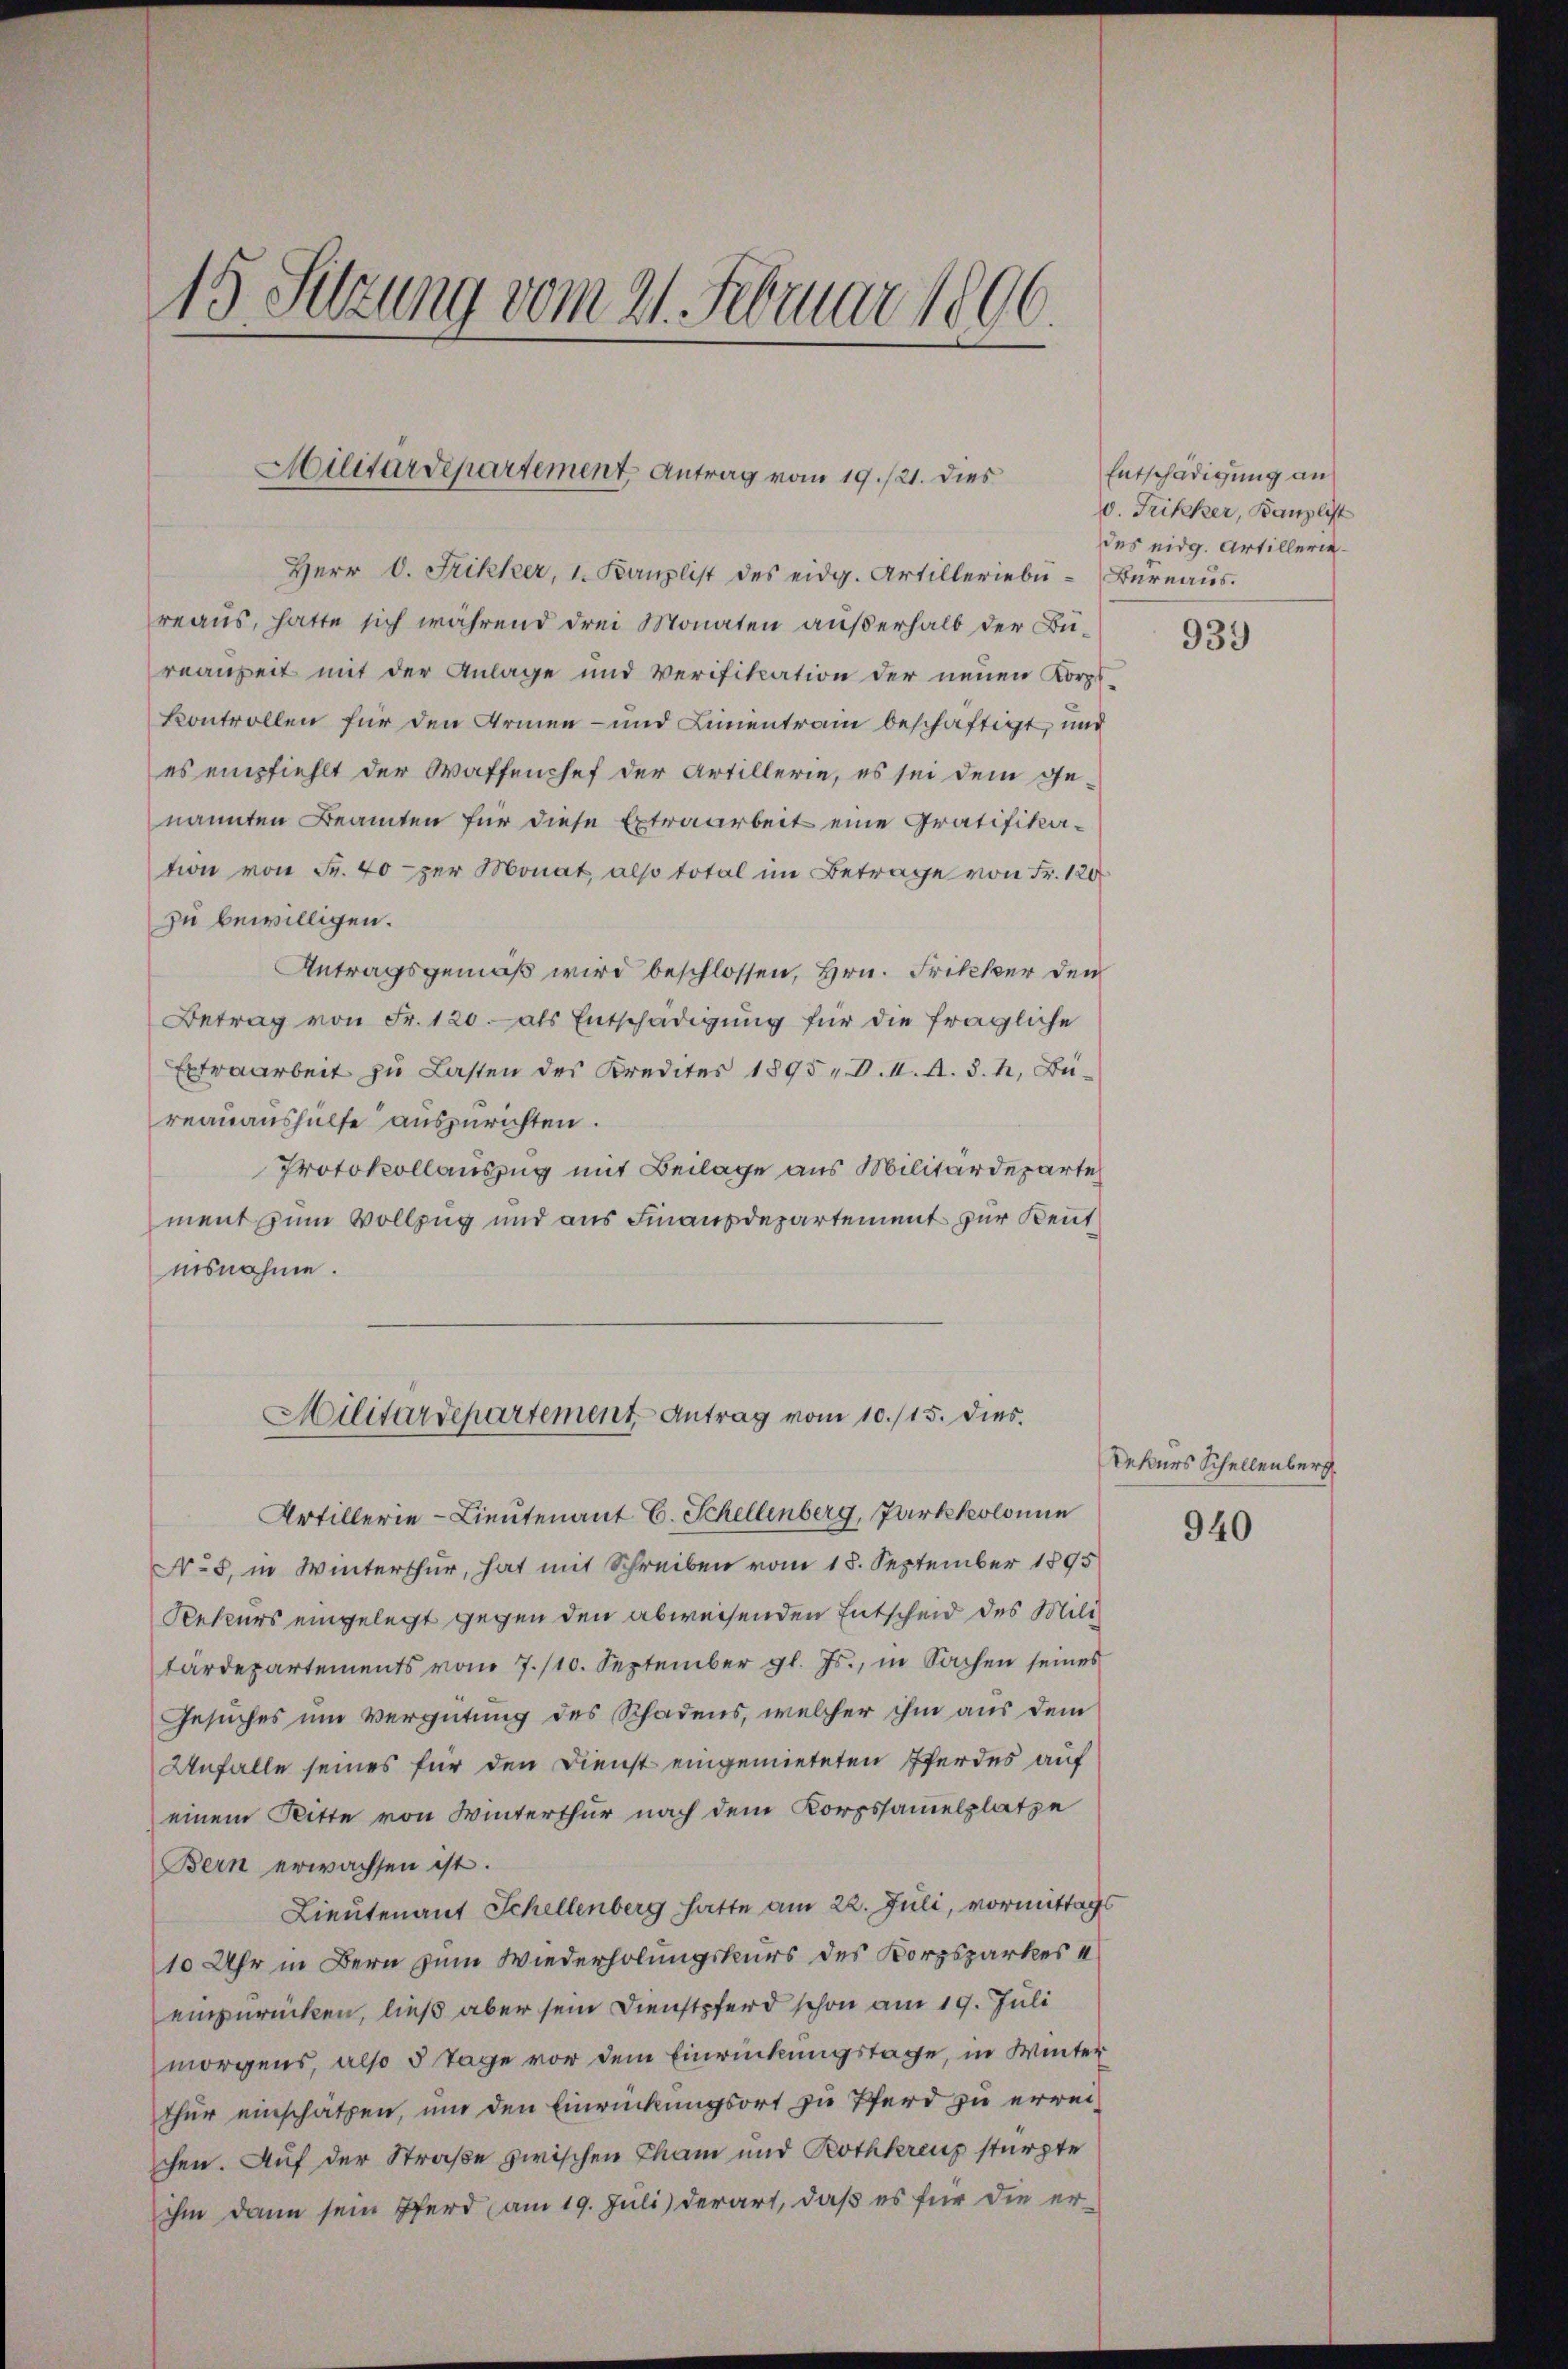
15. Setzung vom 21. Februar 1806

Militärdepartement Antrag vom 19. 21. dies

Herr C. Frikker, 1. Kanzlist des eidg. Artilleriebe-Büreaŭs.
reaus, hatte sich während drei Monaten außerhalb der Bureanzeit mit der Anlage und Verifikation der neuen Korpf
kontrollen für den Armen- und Linientrain beschäftigt, und
es empfiehlt der Waffenchef der Artillerie, es sei dem Ge-
nannten Beamten für diese Extraarbeit eine Gratifikation von Fr. 40 per Monat, also total im Betrage von Fr. 120
zu bewilligen.
Antragsgemäß wird beschlossen, Hrn. Frikker den
Betrag von Fr. 120. als Entschädigung für die fragliche
Extraarbeit zu Lasten des Kredites 1895 v. V. I. A. d. h. Büreauaushülfe auszurichten.
Protokollauszug mit Beilage aus Militärdeparte
ment zum Vollzug und aus Finanzdepartement zur Kennt
iisnahme.
Artillerie-Lieutenant E. Schellenberg, Parkkolonie
No 5. in Winterthur, hat mit Schreiben vom 18. September 1895
Rekurs eingelegt gegen den abweisenden Entscheid des Militärdepartements vom 7./10. September gl. Js., in Sachen seines
Gesuches um Vergütung des Schadens, welcher ihm aus dem
Unfalle seines für den Dienst eingemieteten Pferdes auf
einem Ritte von Winterthur nach dem Korpssamelplatze
Bern erwachsen ist.
Lieutenant Schellenberg hatte am 22. Juli, vormittags
10 Uhr in Bern zum Wiederholungskurs des Korpsparkes a
einzurücken, ließ aber sein Dienstpferd schon am 19. Juli
morgens, also 5 Tage vor dem Einrückungstage, in Winter
thur einschatzen, um den Einrückungsort zu Pferd zu errei-
chen. Auf der Straße zwischen Cham und Rothkreuz stürzte
ihm dann sein Pferd am 19. Juli) derart, daß es für die er-

Militärdepartement Antrag vom 10./15. dies

Entschädigung an
0. Frikker, Kanzlist
des eidg. Artillerie¬

939

Dekurs Schellenberg.

940